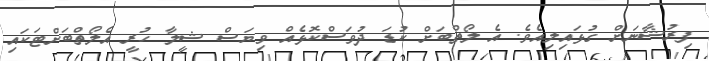
ފިރުޝާނަށް ގުޅައިލިއެވެ. އެ ލޯތްބަށް ކުޑަ ދުވަސްކޮޅެއް ވިޔަސް ޝީލާ ހުރީ އެލޯތްބަށްޓަކައި